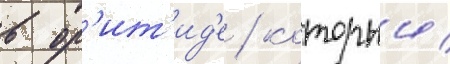
в ор'ит'ид'е / которыи